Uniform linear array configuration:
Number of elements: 4
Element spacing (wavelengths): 0.5
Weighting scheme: binomial
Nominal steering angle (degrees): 15
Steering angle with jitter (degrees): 15.613
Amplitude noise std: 0.05
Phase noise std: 0.05

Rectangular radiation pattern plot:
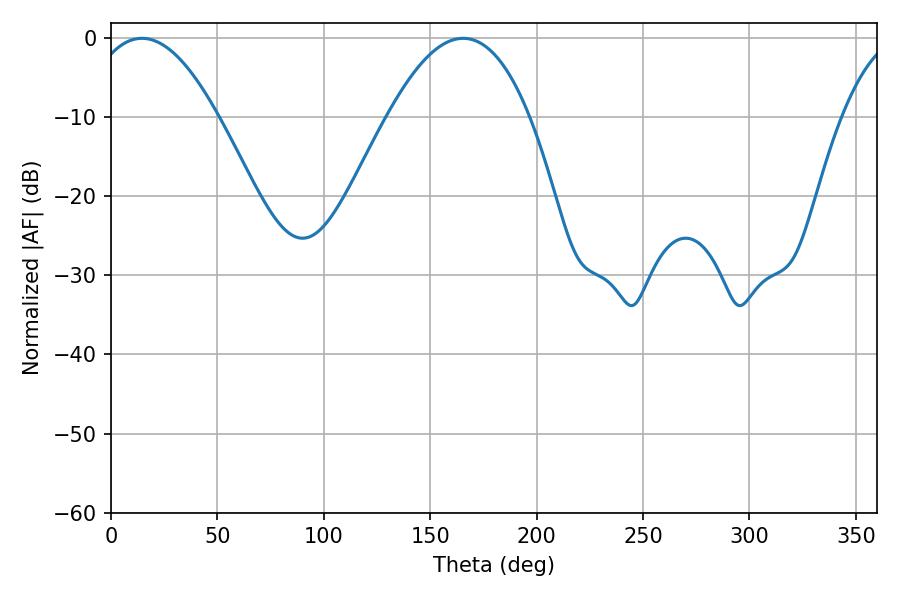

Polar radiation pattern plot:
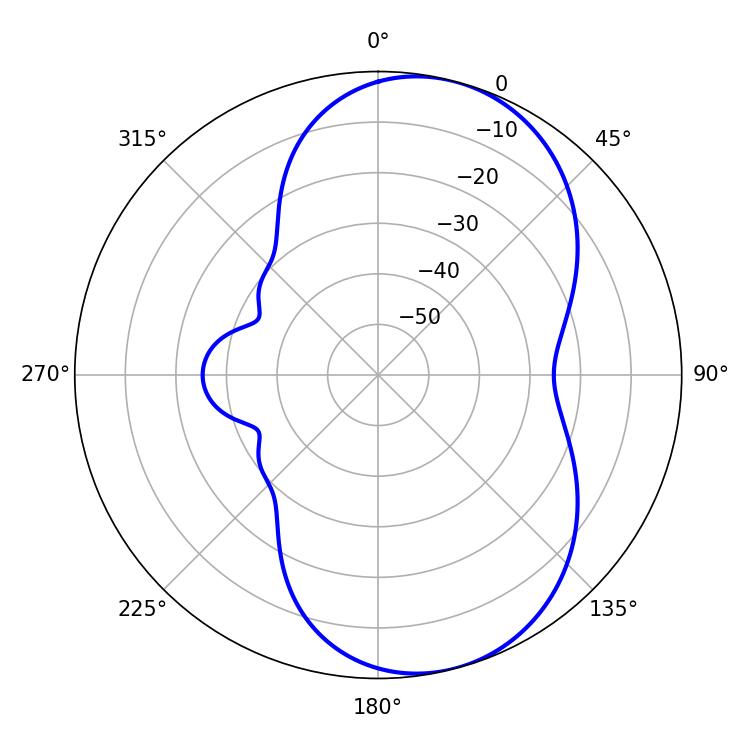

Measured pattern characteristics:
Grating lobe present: FALSE
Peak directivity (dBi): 7.342
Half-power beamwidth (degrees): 33.66
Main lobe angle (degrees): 14.58